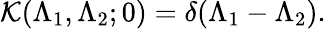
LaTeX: \mathcal{K}(\Lambda_{1},\Lambda_{2};0)=\delta(\Lambda_{1}-\Lambda_{2}).